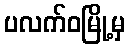
ပလက်ဝမြို့မှ